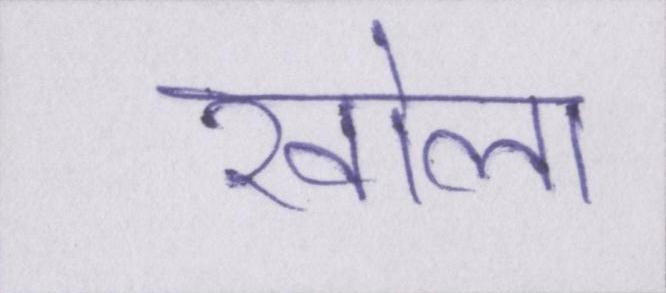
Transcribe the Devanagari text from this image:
खोला